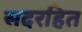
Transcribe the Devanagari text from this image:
सदरहित